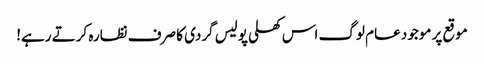
موقع پر موجود عام لوگ اس کھلی پولیس گردی کا صرف نظارہ کرتے رہے!